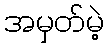
အမှတ်မဲ့